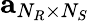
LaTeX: \textbf{a}_{N_{R}\times N_{S}}